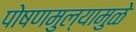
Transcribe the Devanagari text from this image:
पोषणमुल्यामुळे